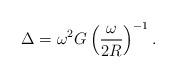
LaTeX: \begin{align*}\Delta= \omega^2G\left(\frac {\omega}{2R}\right)^{-1}.\end{align*}